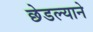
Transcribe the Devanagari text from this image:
छेडल्याने